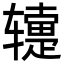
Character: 𬨕